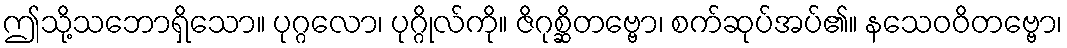
ဤသို့သဘောရှိသော။ ပုဂ္ဂလော၊ ပုဂ္ဂိုလ်ကို။ ဇိဂုစ္ဆိတဗ္ဗော၊ စက်ဆုပ်အပ်၏။ နသေဝဝိတဗ္ဗော၊